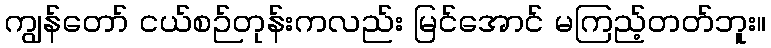
ကျွန်တော် ငယ်စဉ်တုန်းကလည်း မြင်အောင် မကြည့်တတ်ဘူး။